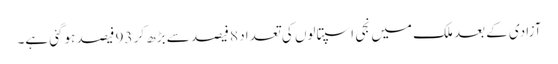
آزادی کے بعد ملک میں نجی اسپتالوں کی تعداد 8 فیصد سے بڑھ کر 93 فیصد ہوگئی ہے۔